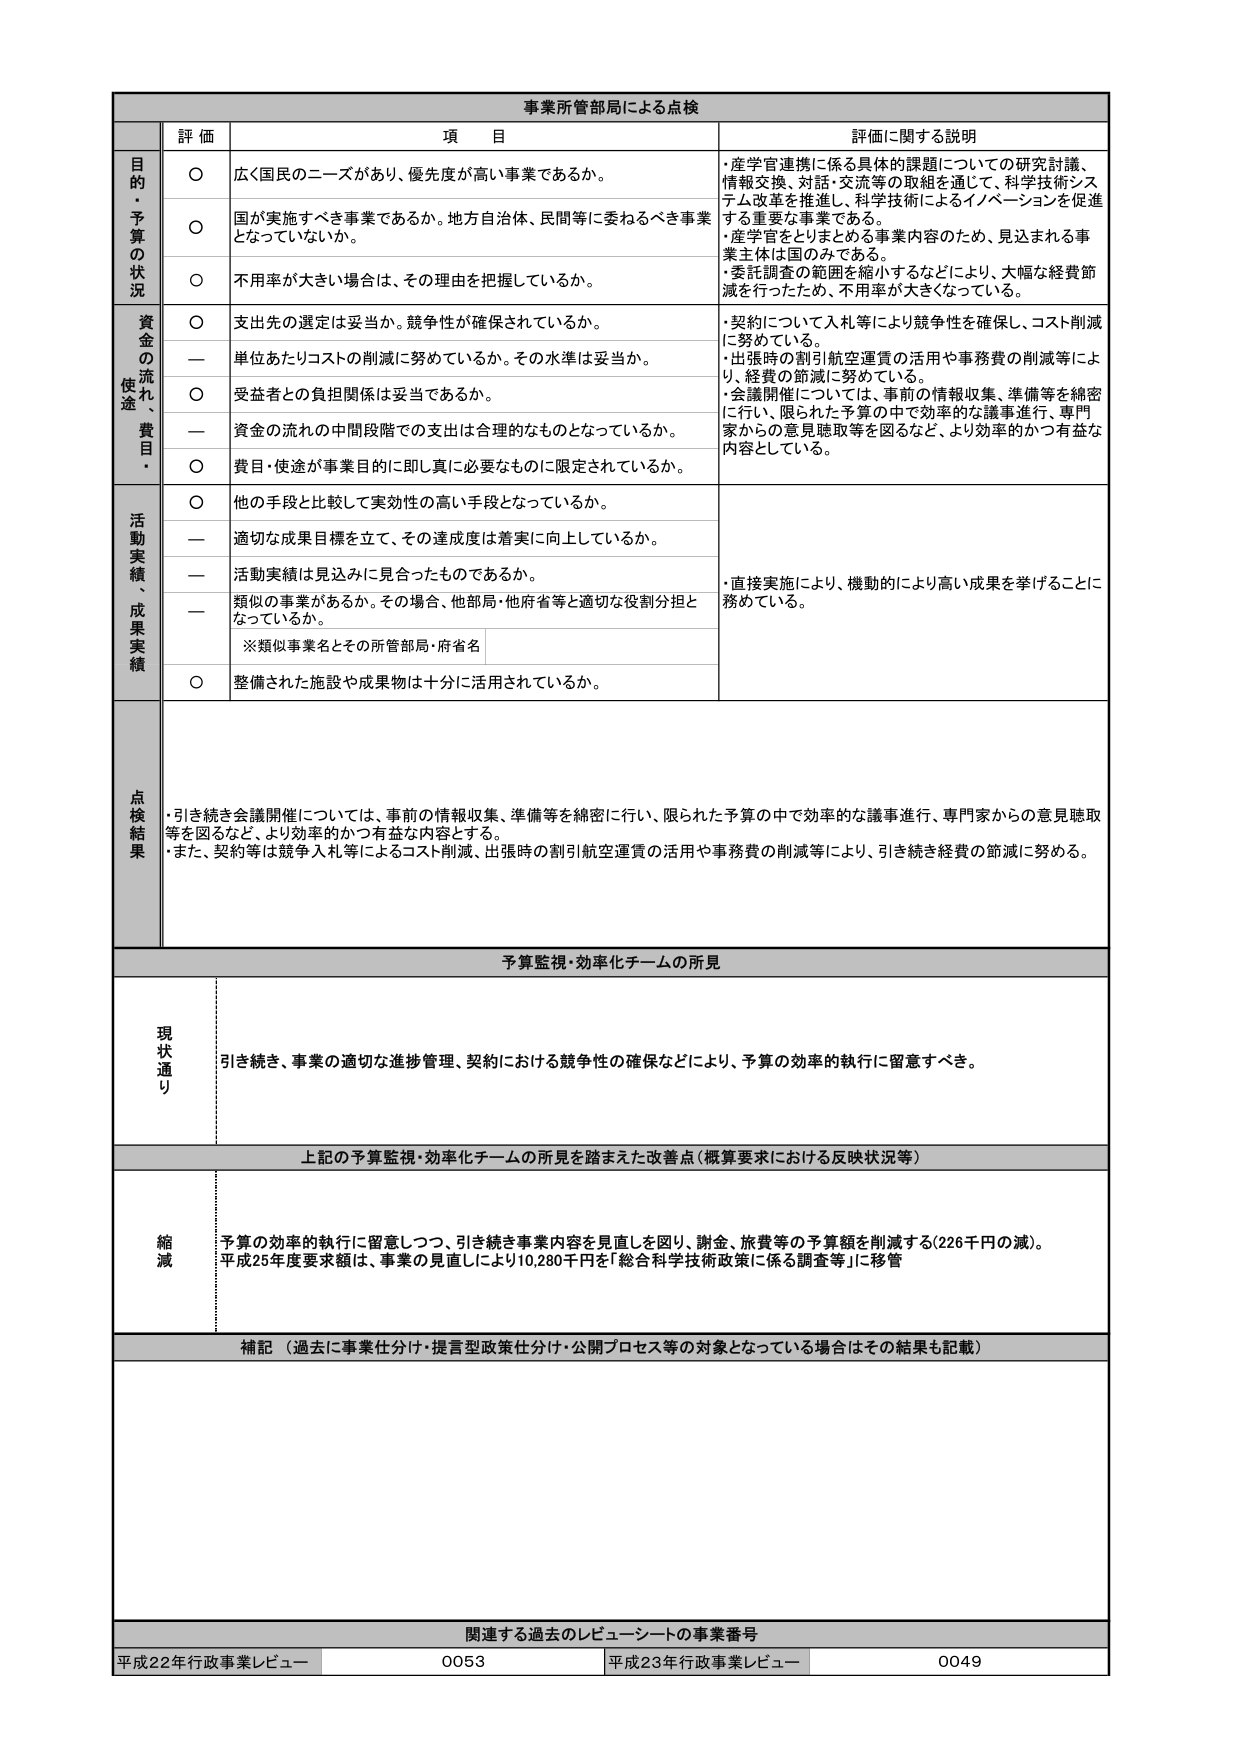
事業所管部局による点検

評価 項目 評価に関する説明

目的・予算の状況
○ 広く国民のニーズがあり、優先度が高い事業であるか。
・産学官連携に係る具体的課題についての研究討議、情報交換、対話・交流等の取組を通じて、科学技術システム改革を推進し、科学技術によるイノベーションを促進する重要な事業である。
・産学官をとりまとめる事業内容のため、見込まれる事業主体は国のみである。
・委託調査の範囲を縮小するなどにより、大幅な経費節減を行ったため、不用率が大きくなっている。

○ 国が実施すべき事業であるか。地方自治体、民間等に委ねるべき事業となっていないか。

○ 不用率が大きい場合は、その理由を把握しているか。

資金の流れ、使途・費用
○ 支出先の選定は妥当か。競争性が確保されているか。
・契約について入札等により競争性を確保し、コスト削減に努めている。
・出張時の割引航空運賃の活用や事務費の削減等により、経費の節減に努めている。
・会議開催については、事前の情報収集、準備等を綿密に行い、限られた予算の中で効率的な議事進行、専門家からの意見聴取等を図るなど、より効率的かつ有益な内容としている。

ー 単位あたりコストの削減に努めているか。その水準は妥当か。

○ 受益者との負担関係は妥当であるか。

ー 資金の流れの中間段階での支出は合理的なものとなっているか。

○ 費用・使途が事業目的に即し真に必要なものに限定されているか。

活動実績、成果実績
○ 他の手段と比較して実効性の高い手段となっているか。
・直接実施により、機動的により高い成果を挙げることに務めている。

ー 適切な成果目標を立て、その達成度は着実に向上しているか。

ー 活動実績は見込みに見合ったものであるか。

ー 類似の事業があるか。その場合、他部局・他府省等と適切な役割分担となっているか。
※類似事業名とその所管部局・府省名

○ 整備された施設や成果物は十分に活用されているか。

点検結果
・引き続き会議開催については、事前の情報収集、準備等を綿密に行い、限られた予算の中で効率的な議事進行、専門家からの意見聴取等を図るなど、より効率的かつ有益な内容とする。
・また、契約等は競争入札等によるコスト削減、出張時の割引航空運賃の活用や事務費の削減等により、引き続き経費の節減に努める。

予算監視・効率化チームの所見

現状通り
引き続き、事業の適切な進捗管理、契約における競争性の確保などにより、予算の効率的執行に留意すべき。

上記の予算監視・効率化チームの所見を踏まえた改善点（概算要求における反映状況等）

縮減
予算の効率的執行に留意しつつ、引き続き事業内容を見直しを図り、謝金、旅費等の予算額を削減する（226千円の減）。
平成25年度要求額は、事業の見直しにより10,280千円を「総合科学技術政策に係る調査等」に移管

補記（過去に事業仕分け・提言型政策仕分け・公開プロセス等の対象となっている場合はその結果も記載）

関連する過去のレビューシートの事業番号
平成22年行政事業レビュー 0053 平成23年行政事業レビュー 0049